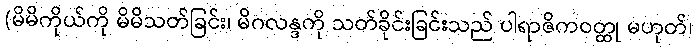
(မိမိကိုယ်ကို မိမိသတ်ခြင်း၊ မိဂလန္ဒကို သတ်ခိုင်းခြင်းသည် ပါရာဇိကဝတ္ထု မဟုတ်၊